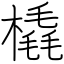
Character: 橇